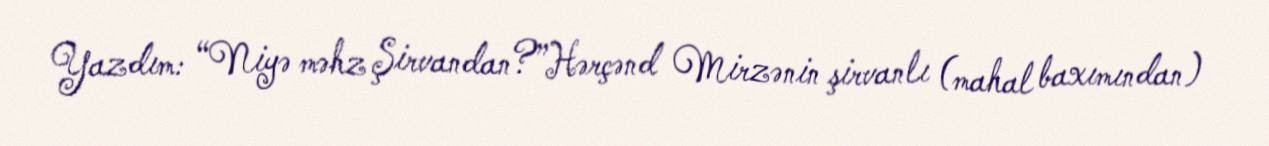
Yazdım: “Niyə məhz Şirvandan?”Hərçənd Mirzənin şirvanlı (mahal baxımından)